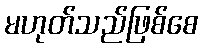
မဟုတ်သည်ဖြစ်စေ